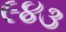
૯૪૩